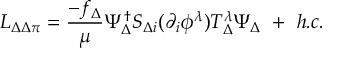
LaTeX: { \cal L } _ { \Delta \Delta \pi } = \frac { - f _ { \Delta } } { \mu } \Psi _ { \Delta } ^ { \dagger } S _ { \Delta i } ( \partial _ { i } \phi ^ { \lambda } ) T _ { \Delta } ^ { \lambda } \Psi _ { \Delta } \ + \ h . c .